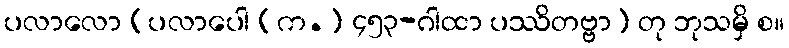
ပလာလော [ပလာပေါ (က.) ၄၅၃-ဂါထာ ပဿိတဗ္ဗာ] တု ဘုသမှိ စ။